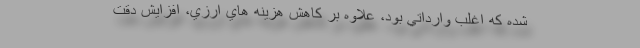
شده که اغلب وارداتي بود، علاوه بر كاهش هزينه هاي ارزي، افزايش دقت